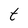
Character: t